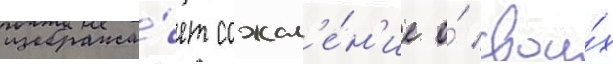
изобража́ет сожал'е́н'ие о́ свои́х